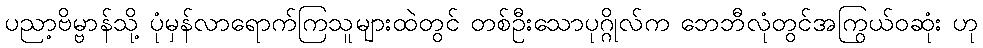
ပညာ့ဗိမ္ဗာန်သို့ ပုံမှန်လာရောက်ကြသူများထဲတွင် တစ်ဦးသောပုဂ္ဂိုလ်က ဘေဘီလုံတွင်အကြွယ်ဝဆုံး ဟု